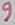
Text: 9